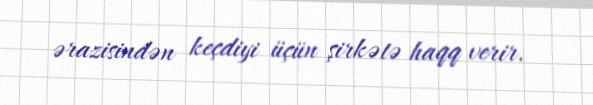
ərazisindən keçdiyi üçün şirkətə haqq verir.